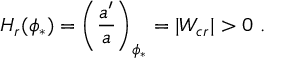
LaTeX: H _ { r } ( \phi _ { * } ) = \left( { \frac { a ^ { \prime } } { a } } \right) _ { \phi _ { * } } = | W _ { c r } | > 0 \ .